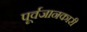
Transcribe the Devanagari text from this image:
पूर्वजानकारी